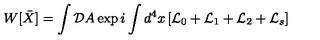
W [ \bar { X } ] = \int { \cal D } A \exp { i \int d ^ { 4 } x \left[ { \cal L } _ { 0 } + { \cal L } _ { 1 } + { \cal L } _ { 2 } + { \cal L } _ { s } \right] }